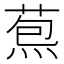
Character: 𦳤